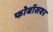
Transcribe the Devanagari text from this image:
फोबॉसवर